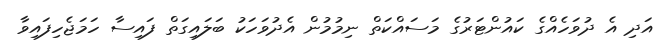
އަދި އެ ދުވަހެއްގެ ކައުންޓަރުގެ މަސައްކަތް ނިމުމުން އެދުވަހަކު ބަލައިގަތް ފައިސާ ހަމަޖެހިފައިވާ